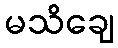
မသိချေ